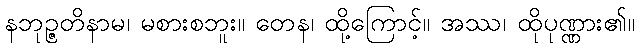
နဘုဉ္ဇတိနာမ၊ မစားစဘူး။ တေန၊ ထို့ကြောင့်။ အဿ၊ ထိုပုဏ္ဏား၏။